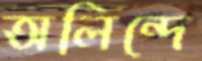
অলিন্দে